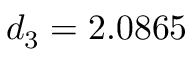
d _ { 3 } = 2 . 0 8 6 5